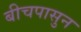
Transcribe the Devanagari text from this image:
बीचपासुन